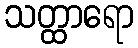
သတ္ထာရော